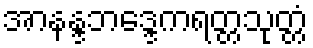
အာနန္ဒဘဒ္ဒေကရတ္တသုတ္တံ